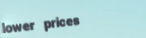
lower prices